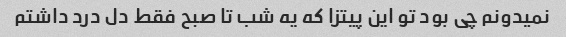
نمیدونم چی بود تو این پیتزا که یه شب تا صبح فقط دل درد داشتم